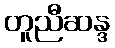
တူညီဆန္ဒ